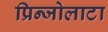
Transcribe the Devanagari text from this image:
प्रिन्जोलाटा